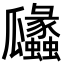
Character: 㼖